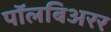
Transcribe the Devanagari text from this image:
पॉलबिअरर